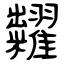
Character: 糶